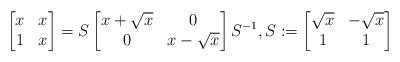
LaTeX: \begin{align*}\bmatrix x & x \\ 1 & x \endbmatrix = S \bmatrix x+\sqrt{x} & 0 \\ 0 & x-\sqrt{x} \endbmatrix S^{-1}, S := \bmatrix \sqrt{x} & -\sqrt{x} \\ 1 & 1 \endbmatrix\end{align*}